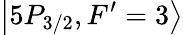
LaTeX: \left\lvert 5P_{3/2},F^{\prime}=3\right\rangle